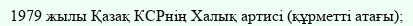
1979 жылы Қазақ КСРнің Халық артисі (құрметті атағы);